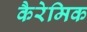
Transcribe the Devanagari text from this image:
कैरेमिक